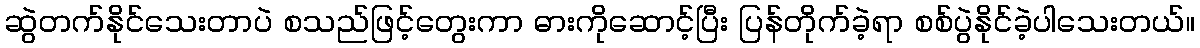
ဆွဲတက်နိုင်သေးတာပဲ စသည်ဖြင့်တွေးကာ ဓားကိုဆောင့်ပြီး ပြန်တိုက်ခဲ့ရာ စစ်ပွဲနိုင်ခဲ့ပါသေးတယ်။